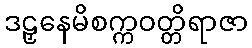
ဒဠှနေမိစက္ကဝတ္တိရာဇာ